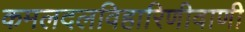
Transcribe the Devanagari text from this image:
कमलदलविहारिणीवाणी